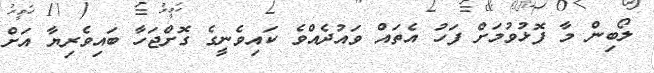
ލޯބިން މާ ފޮޅުވުމަށް ފަހު އެތައް ވައުދެއްވެ ކައިވެނީގެ ގޮށްޖަހާ ބައިވެރިޔާ އަށް